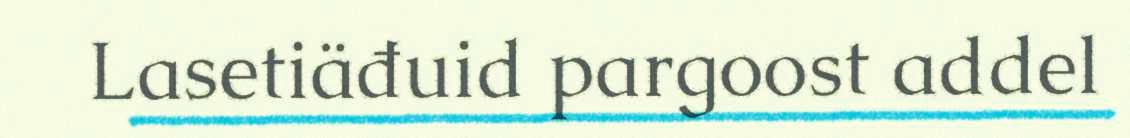
Lasetiäđuid pargoost addel